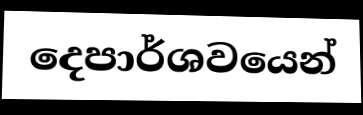
දෙපාර්ශවයෙන්